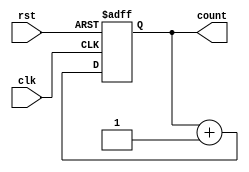
module up_counter_moore (
    input wire clk,      // Clock signal
    input wire rst,      // Asynchronous reset signal
    output reg [2:0] count // 3-bit output representing the current state
);

// State transition logic
always @(posedge clk or posedge rst) begin
    if (rst) begin
        count <= 3'b000; // Reset to state 0
    end else begin
        count <= count + 1; // Increment the counter
    end
end

endmodule